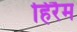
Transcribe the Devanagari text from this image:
हिरैम